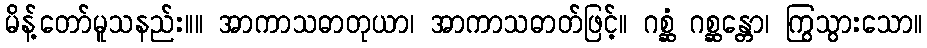
မိန့်တော်မူသနည်း။။ အာကာသဓာတုယာ၊ အာကာသဓာတ်ဖြင့်။ ဂစ္ဆံ ဂစ္ဆန္တော၊ ကြွသွားသော။